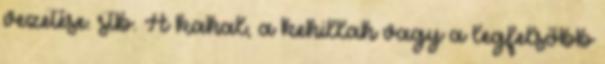
vezetése. stb. A kahal, a kehillah vagy a legfelsőbb